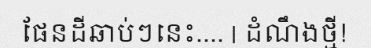
ផែនដីឆាប់ៗនេះ.... | ដំណឹងថ្មី!